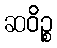
ဆဝိဉ္စ